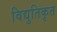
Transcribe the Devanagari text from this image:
विद्युतिकृत